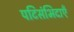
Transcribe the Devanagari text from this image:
पटिसंभिदाएँ